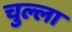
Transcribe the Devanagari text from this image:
चुल्ला